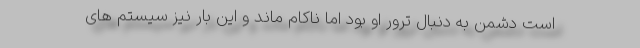
است دشمن به دنبال ترور او بود اما ناکام ماند و این بار نیز سیستم های